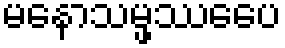
မနောသမ္ဖဿေပေ